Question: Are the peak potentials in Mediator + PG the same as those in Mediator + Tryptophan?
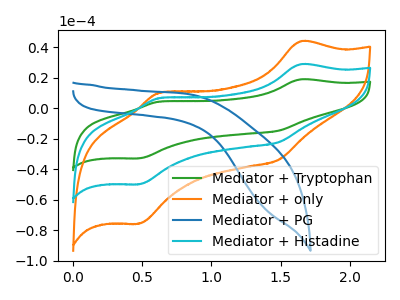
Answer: <think>The green curve "Mediator + Tryptophan" has anodic peaks at (1.65V, 57.95uA) (0.60V, 13.55uA) and cathodic peaks at (1.50V, -44.25uA) (0.50V, -99.45uA). The orange curve "Mediator + only" has anodic peaks at (1.65V, 44.05uA) (0.60V, 10.30uA) and cathodic peaks at (1.50V, -33.65uA) (0.50V, -75.60uA). The blue curve "Mediator + PG" has no peaks. The cyan curve "Mediator + Histadine" has anodic peaks at (1.65V, 29.00uA) (0.60V, 6.80uA) and cathodic peaks at (1.50V, -22.15uA) (0.50V, -49.75uA).</think>
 <answer>No, "Mediator + PG" and "Mediator + Tryptophan" have a different number of peaks.</answer>
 <eval>different_amount</eval>